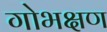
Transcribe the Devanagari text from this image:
गोभक्षण